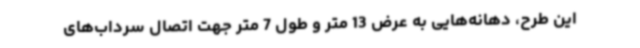
این طرح، دهانه‌هایی به عرض 13 متر و طول 7 متر جهت اتصال سرداب‌های